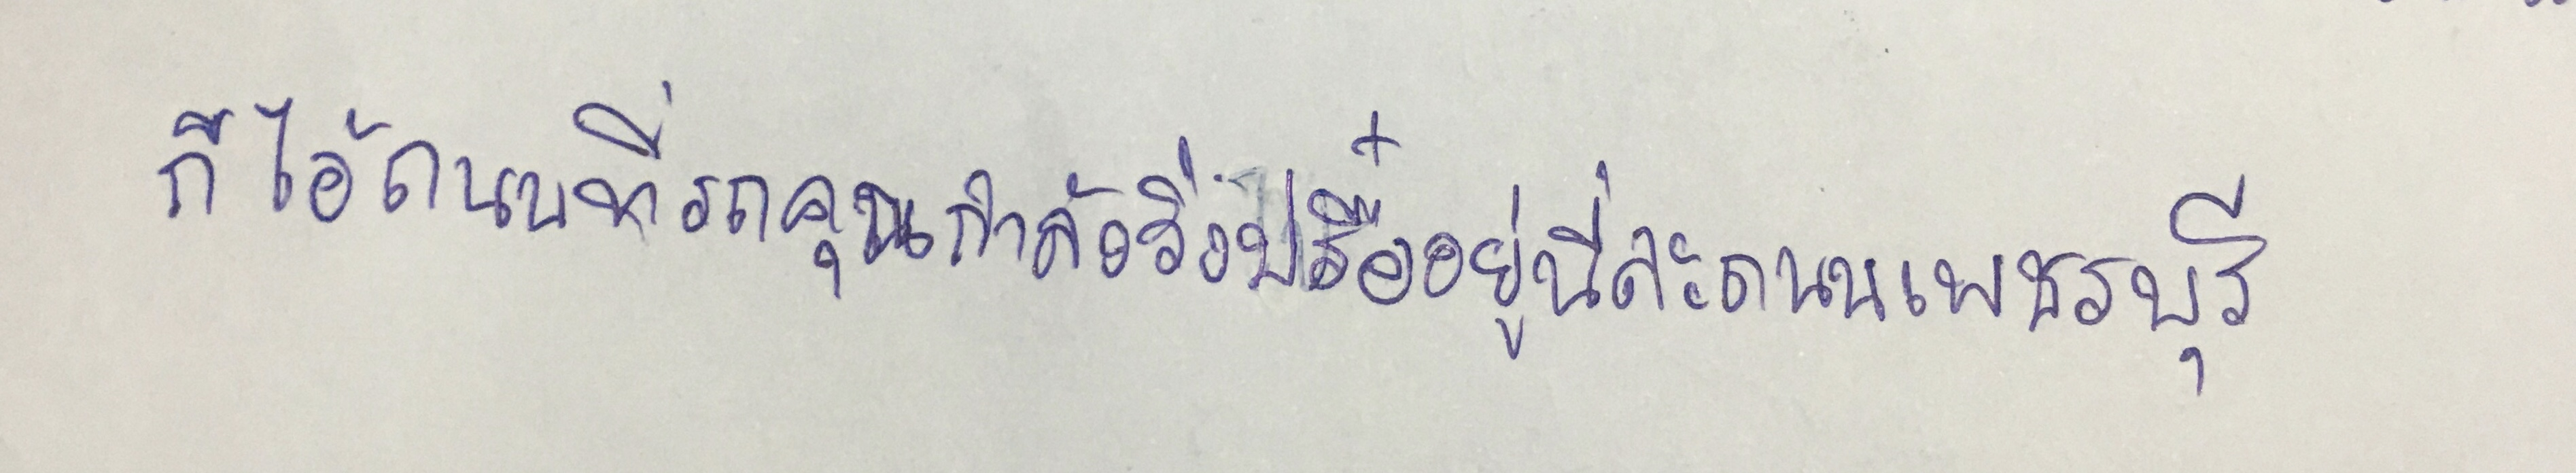
"ก็ไอ้ถนนที่รถคุณกำลังวิ่งปรื๋ออยู่นี่ละถนนเพชรบุรี"